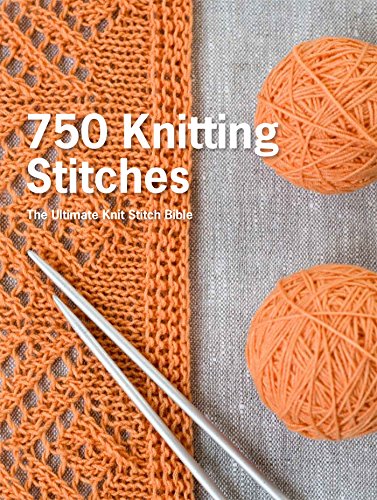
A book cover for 750 Knitting Stitches: The Ultimate Knit Stitch Bible; Pavilion Books; Crafts, Hobbies & Home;